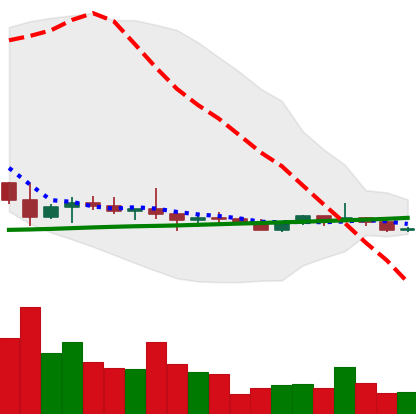
Ticker: ETC-USD
Chart end date: 2022-10-09
Forward return: -14.143%
Label: down_7plus